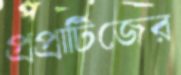
প্রপ্রার্টিজের